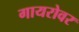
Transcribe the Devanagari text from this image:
गायरोवर